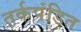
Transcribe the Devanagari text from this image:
तर्कपंडित